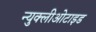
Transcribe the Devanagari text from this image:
न्युक्लीओटाइड